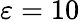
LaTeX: \varepsilon=10